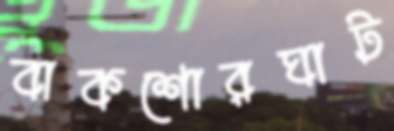
বাকশোরঘাট